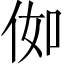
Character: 侞